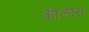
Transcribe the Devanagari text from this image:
कीलीस